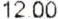
12.00